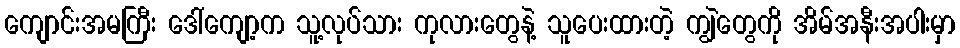
ကျောင်းအမကြီး ဒေါ်ကျော့က သူ့လုပ်သား ကုလားတွေနဲ့ သူပေးထားတဲ့ ကျွဲတွေကို အိမ်အနီးအပါးမှာ